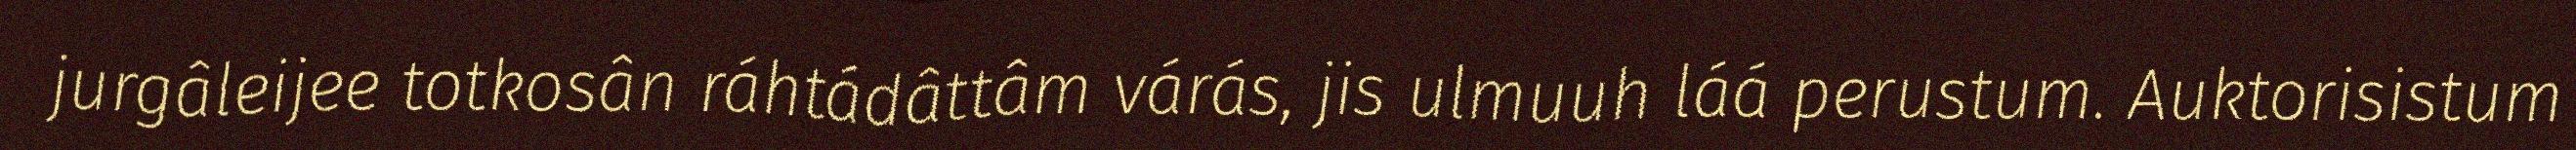
jurgâleijee totkosân ráhtádâttâm várás, jis ulmuuh láá perustum. Auktorisistum